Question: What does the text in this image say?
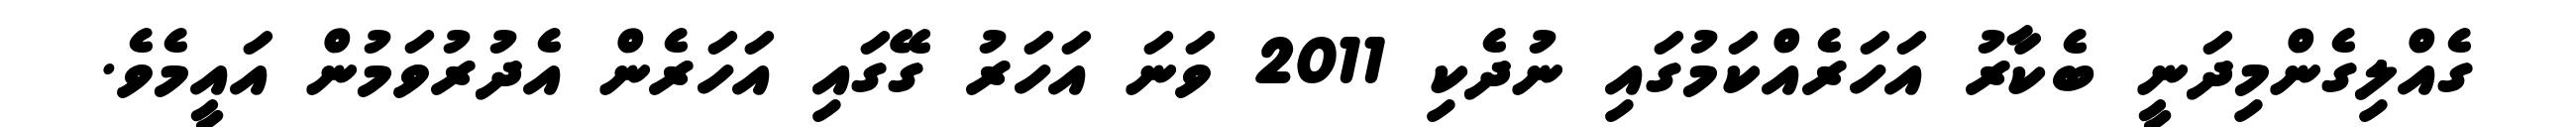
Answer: ގެއްލިގެންމިދަނީ ބެކާރު އަހަރެއްކަމުގައި ނުދެކި 2011 ވަނަ އަހަރު ގޭގައި އަހަރެން އެދުރުވަމުން އައީމެވެ.